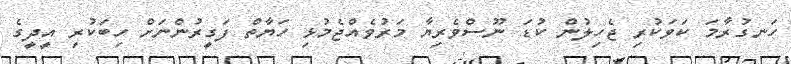
ހަނގުރާމަ ކަވަކުރި ޖެހިލުން ކުޑަ ނޫސްވެރިޔާ މަރުވެއްޖެމުޅި ހަޔާތް ފަގީރުންނަށް ހިބަކުރި އީދީގެ